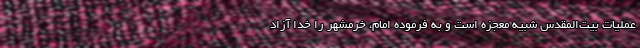
عملیات بیت‌المقدس شبیه معجزه است و به فرموده امام، خرمشهر را خدا آزاد